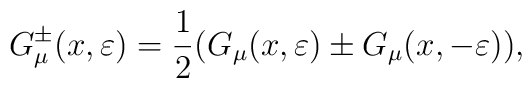
G_\mu ^{\pm }(x,\varepsilon )=\frac 12(G_\mu (x,\varepsilon )\pm G_\mu(x,-\varepsilon )),